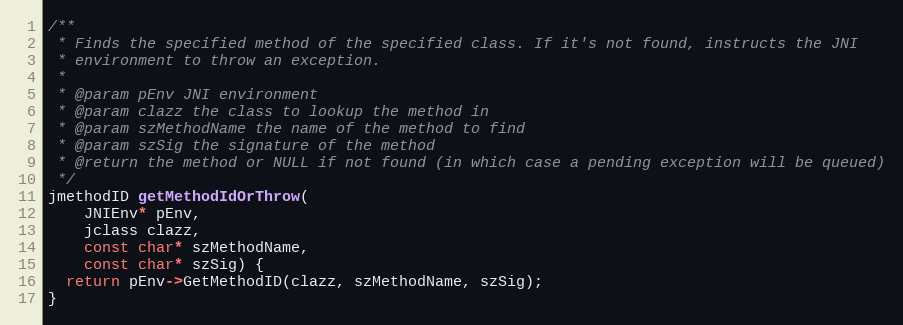
Language: C++
/**
 * Finds the specified method of the specified class. If it's not found, instructs the JNI
 * environment to throw an exception.
 *
 * @param pEnv JNI environment
 * @param clazz the class to lookup the method in
 * @param szMethodName the name of the method to find
 * @param szSig the signature of the method
 * @return the method or NULL if not found (in which case a pending exception will be queued)
 */
jmethodID getMethodIdOrThrow(
    JNIEnv* pEnv,
    jclass clazz,
    const char* szMethodName,
    const char* szSig) {
  return pEnv->GetMethodID(clazz, szMethodName, szSig);
}